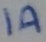
Text: 1A